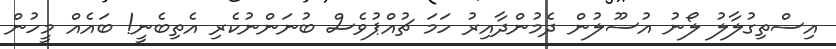
އިސްތިގުލާލު ލޯނު އުސޫލުން ދެމުންދާއިރު ހަމަ ޗުއްޕުވެސް ބުނަންނުކެރި އެތިބެނީ! ބައެއް މީހުން